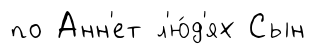
по Анн'ет л'ю́д'ях Сын